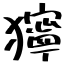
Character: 獰